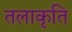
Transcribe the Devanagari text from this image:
तलाकृति